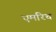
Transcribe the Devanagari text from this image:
एमरिच